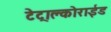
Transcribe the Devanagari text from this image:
टेट्राक्लोराईड